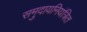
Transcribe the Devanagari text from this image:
समुदायनियंत्रित